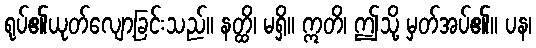
ရုပ်၏ယုတ်လျော့ခြင်းသည်။ နတ္ထိ၊ မရှိ။ ဣတိ၊ ဤသို့ မှတ်အပ်၏။ ပန၊